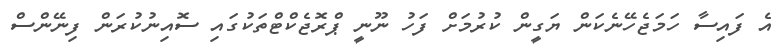
އެ ފައިސާ ހަމަޖެހޭނެކަން ޔަގީން ކުރުމަށް ފަހު ނޫނީ ޕްރޮޖެކްޓްތަކުގައި ސޮއިނުކުރަން ފިނޭންސް